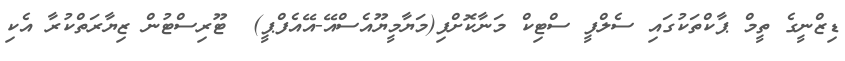
ޑިޒްނީގެ ތީމް ޕާކްތަކުގައި ސެލްފީ ސްޓިކް މަނާކޮށްފި(މަޔާމީޔޫއެސްއޭ-އޭއެފްޕީ)  ޓޫރިސްޓުން ޒިޔާރަތްކުރާ އެކި